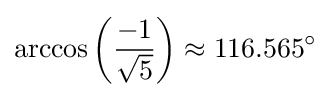
\arccos \left({\frac {-1}{\sqrt {5}}}\right)\approx 116.565^{\circ }